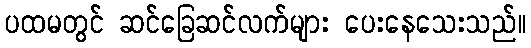
ပထမတွင် ဆင်ခြေဆင်လက်များ ပေးနေသေးသည်။